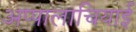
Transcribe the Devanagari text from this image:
अप्पालाचियाई